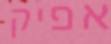
אפיק